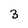
Character: 3